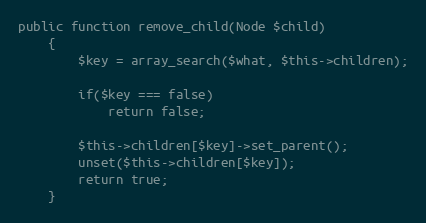
Language: PHP
public function remove_child(Node $child)
	{
		$key = array_search($what, $this->children);

		if($key === false)
			return false;

		$this->children[$key]->set_parent();
		unset($this->children[$key]);
		return true;
	}